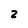
Character: 2